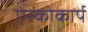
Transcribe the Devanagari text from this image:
ऐस्कोकार्प